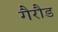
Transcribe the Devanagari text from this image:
गैरौड